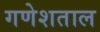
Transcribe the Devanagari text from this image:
गणेशताल